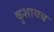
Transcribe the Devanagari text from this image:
कुशायब